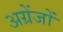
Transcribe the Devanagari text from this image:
अग्रेंजों